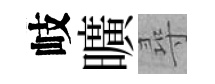
岐曠尋